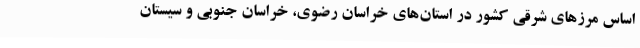
اساس مرزهای شرقی کشور در استان‌های خراسان رضوی، خراسان جنوبی و سیستان